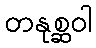
တနုစ္ဆဝါ